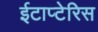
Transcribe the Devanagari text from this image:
ईटाप्टेरिस